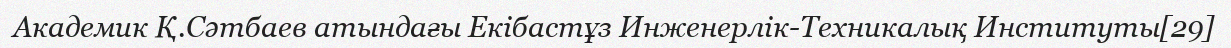
Академик Қ.Сәтбаев атындағы Екібастұз Инженерлік-Техникалық Институты[29]